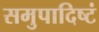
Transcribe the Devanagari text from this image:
समुपादिष्टं